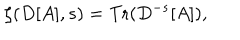
\zeta ( D [ A ] , s ) = \mathrm { T r } ( D ^ { - s } [ A ] ) ,